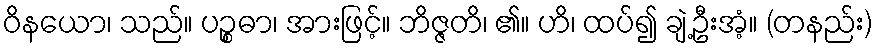
ဝိနယော၊ သည်။ ပဉ္စဓာ၊ အားဖြင့်။ ဘိဇ္ဇတိ၊ ၏။ ဟိ၊ ထပ်၍ ချဲ့ဦးအံ့။ (တနည်း)